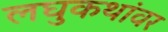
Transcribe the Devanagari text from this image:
लघुकथांवर